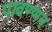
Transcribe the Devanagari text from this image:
पावण्णन